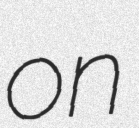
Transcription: on